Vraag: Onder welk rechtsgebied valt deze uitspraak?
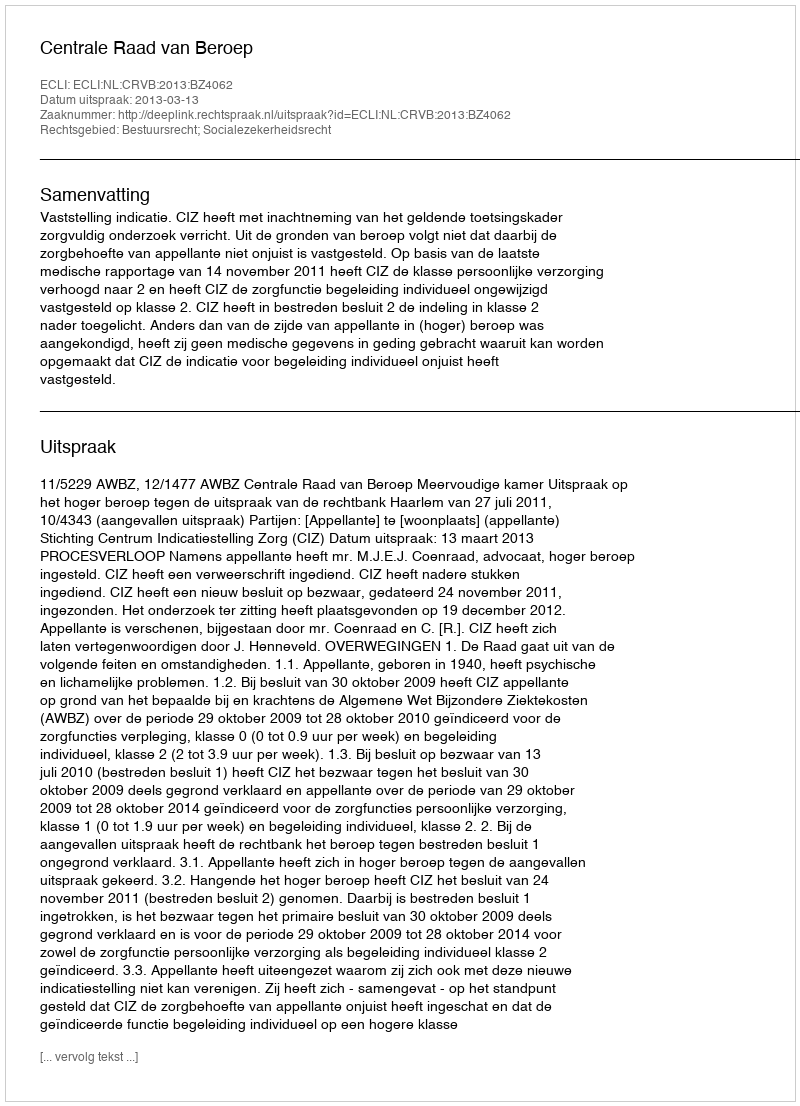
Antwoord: Bestuursrecht; Socialezekerheidsrecht